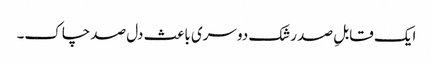
ایک قابلِ صد رشک دوسری باعث دل صد چاک۔